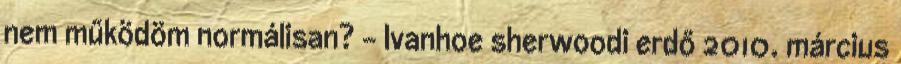
nem működöm normálisan? – Ivanhoe sherwoodi erdő 2010. március